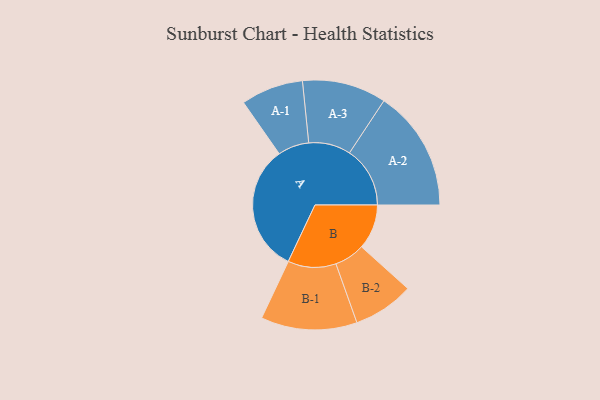
{"axis": {"x": "Segment", "y": "Value"}, "legend": ["", "A", "B"], "data": [{"x": "A", "y": 485, "type": ""}, {"x": "B", "y": 170, "type": ""}, {"x": "A-1", "y": 118, "type": "A"}, {"x": "A-2", "y": 229, "type": "A"}, {"x": "A-3", "y": 159, "type": "A"}, {"x": "B-1", "y": 182, "type": "B"}, {"x": "B-2", "y": 115, "type": "B"}]}